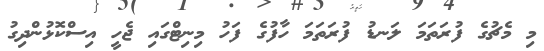
މި މެޗުގެ ފުރަތަމަ ލަނޑު ފުރަތަަމަ ހާފުގެ ފަހު މިނިޓްގައި ޖެހީ އިސްކޮޅުންދިގު